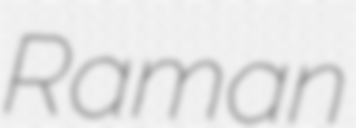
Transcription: Raman